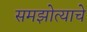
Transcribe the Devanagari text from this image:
समझोत्याचे